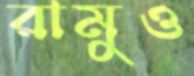
রামুও